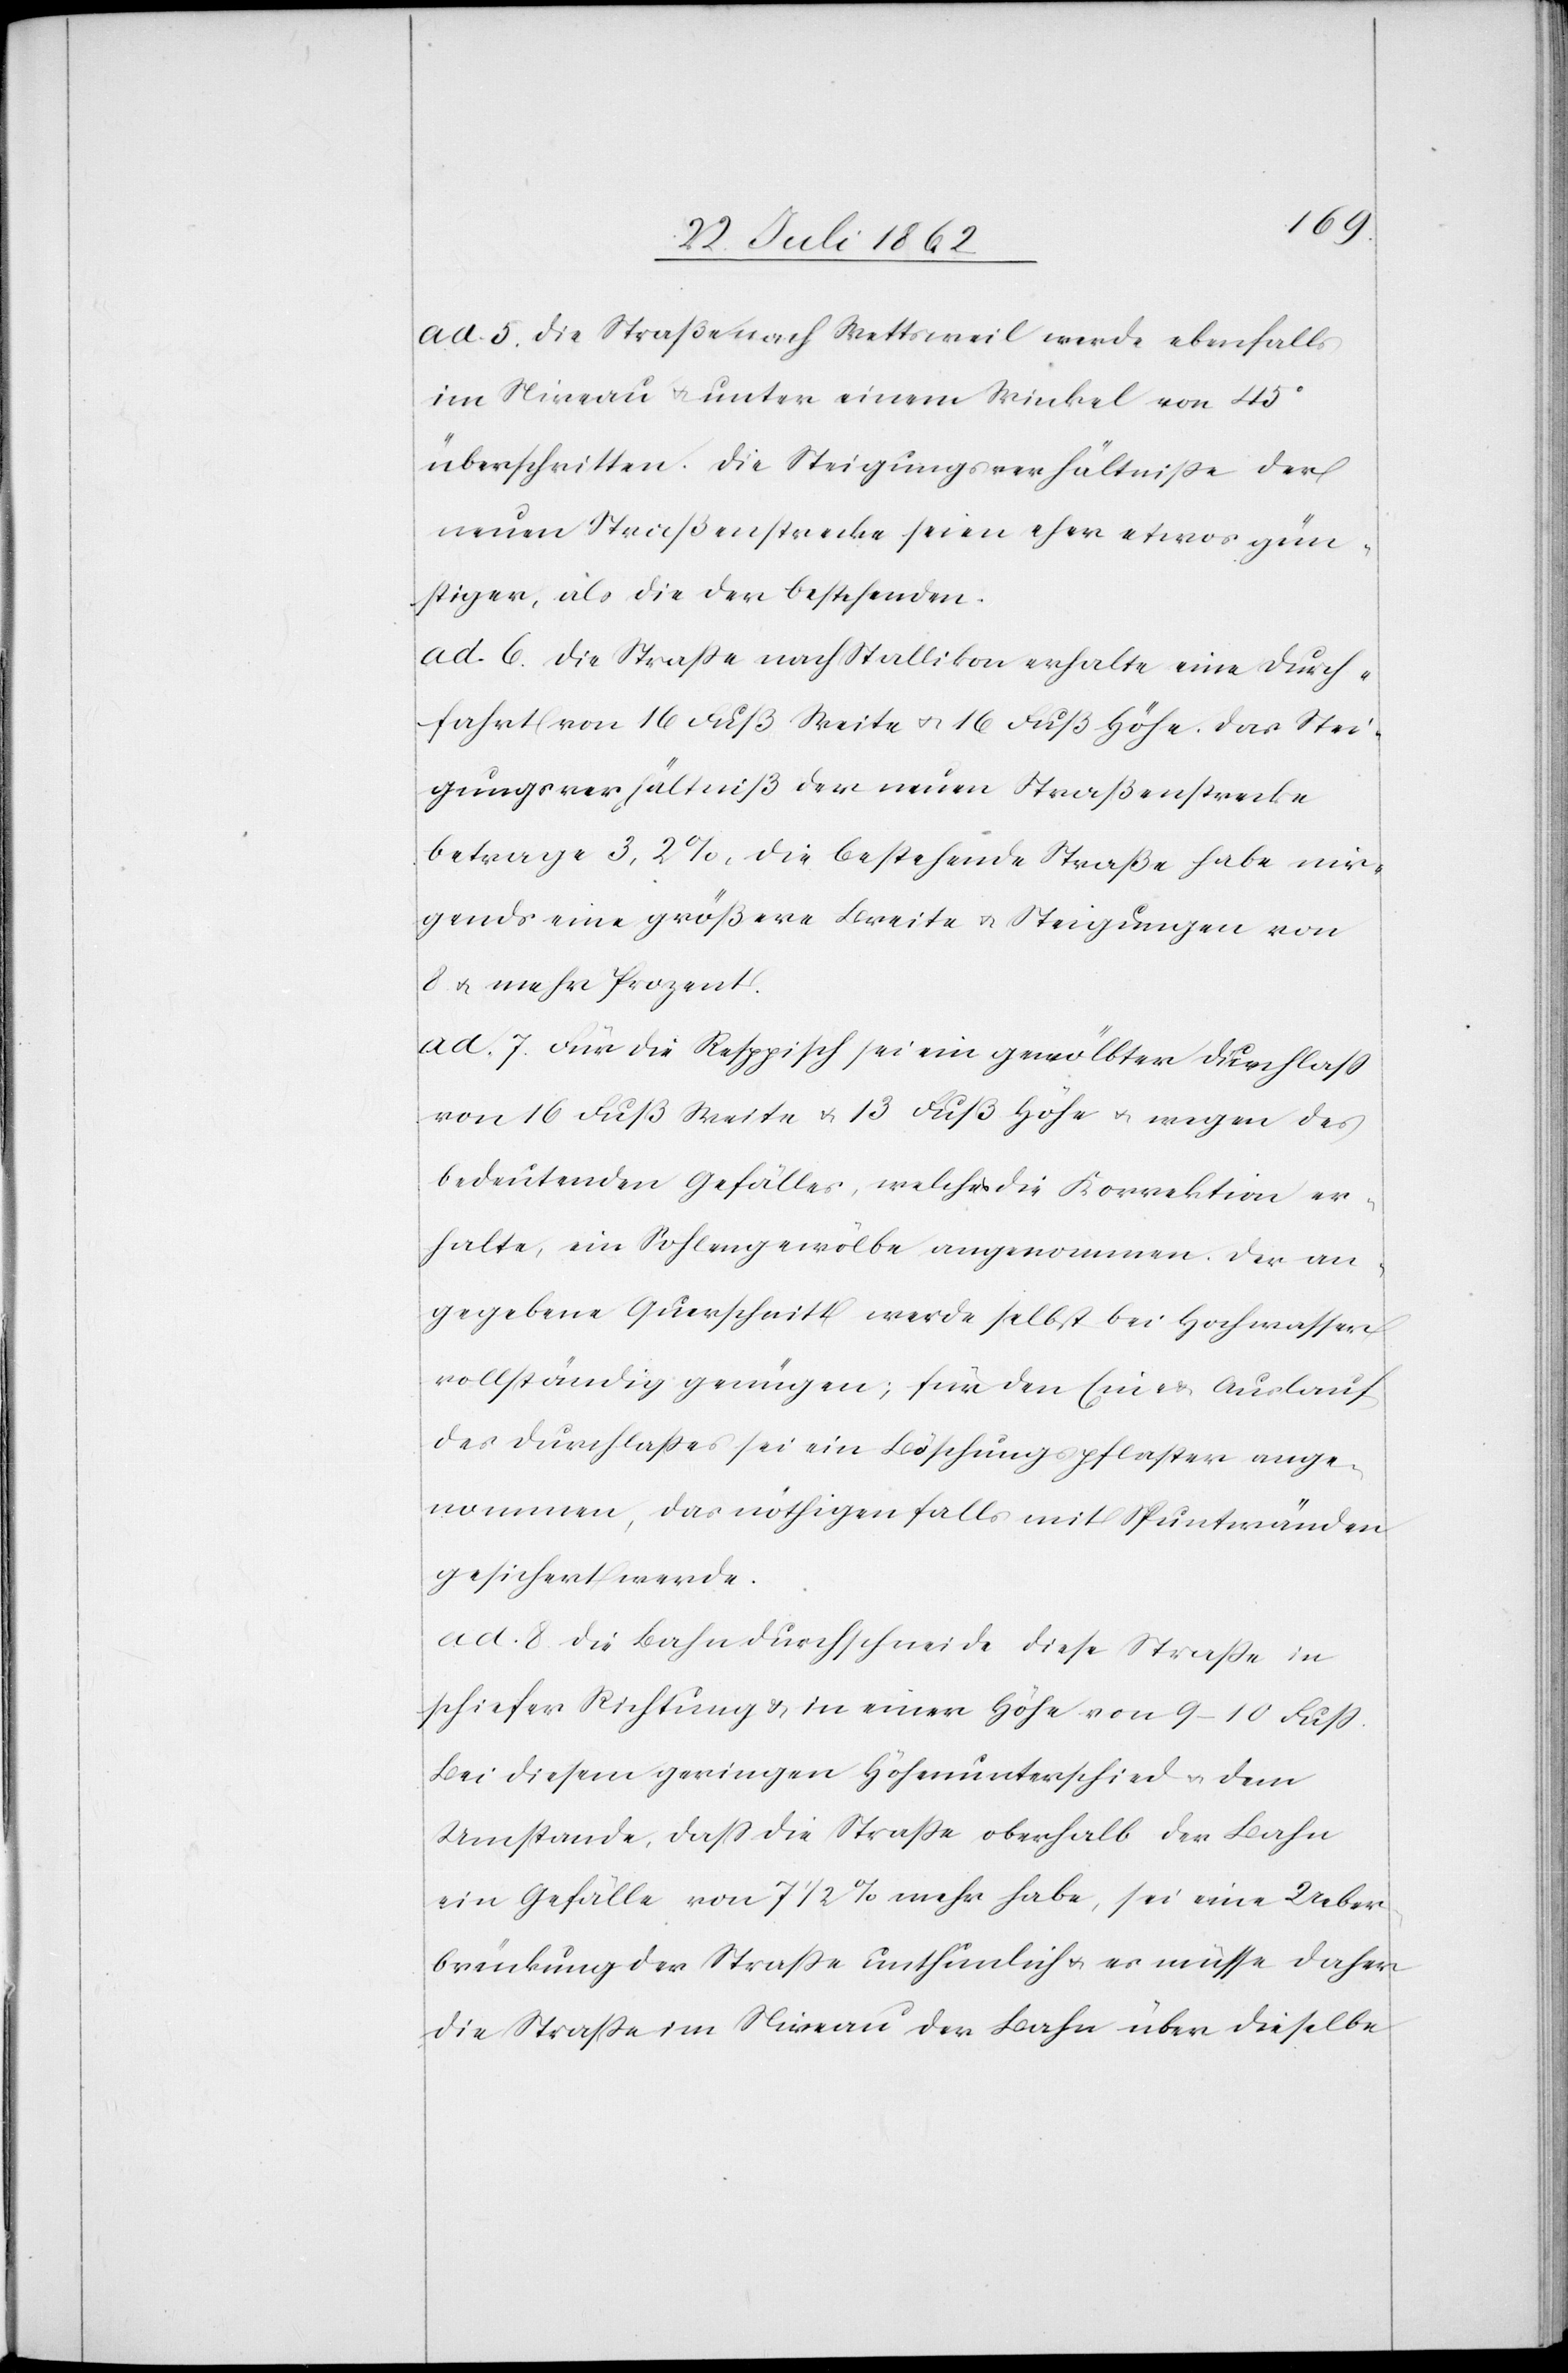
ad 5. Die Straße nach Wettsweil werde ebenfalls
im Niveau u. unter einem Winkel von 45°
überschritten. Die Steigungsverhältnisse der
neuen Straßenstrecke seien eher etwas gün¬
stiger, als die der bestehenden.
ad 6. die Straße nach Stallikon erhalte eine Durch¬
fahrt von 16 Fuß Breite u. 16 Fuß Höhe. Das Stei¬
gungsverhältniß der neuen Straßenstrecke
betrage 3,2%, die bestehende Straße habe nir¬
gends eine größere Breite u. Steigungen von
8 u. mehr Prozent.
ad 7. Für die Reppisch sei ein gewölbter Durchlaß
von 16 Fuß Weite u. 13 Fuß Höhe u. wegen des
bedeutenden Gefälles, welches die Korrektion er¬
halte, ein Sohlengewölbe angenommen. Der an¬
gegebene Querschnitt werde selbst bei Hochwasser
vollständig genügen; für den Ein- u. Auslauf
des Durchlaßes sei ein Böschungspflaster ange¬
nommen, das nöthigenfalls mit Spuntwänden
gesichert werde.
ad 8. Die Bahn durchschneide diese Straße in
schiefer Richtung u. in einer Höhe von 9–10 Fuß.
Bei diesem geringen Höhenunterschied u. dem
Umstande, daß die Straße oberhalb der Bahn
ein Gefälle von 7 1/2% mehr habe, sei eine Ueber¬
brückung der Straße unthunlich u. es müsse daher
die Straße im Niveau der Bahn über dieselbe